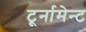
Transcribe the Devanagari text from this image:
टूर्नामेन्‍ट